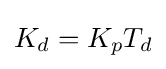
K_{d}=K_{p}T_{d}